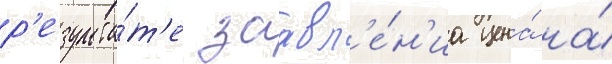
р'езульта́т'е заавл'е́н'иа цена́ на́